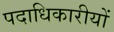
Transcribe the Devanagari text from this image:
पदाधिकारीयों